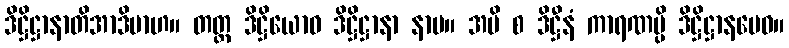
ဒိဋ္ဌိဋ္ဌာနာတိအာဒိမာဟ။ တတ္ထ ဒိဋ္ဌိယောဝ ဒိဋ္ဌိဋ္ဌာနာ နာမ။ အပိ စ ဒိဋ္ဌီနံ ကာရဏမ္ပိ ဒိဋ္ဌိဋ္ဌာနမေဝ။